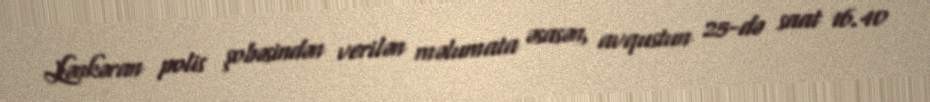
Lənkəran polis şobəsindən verilən məlumata əsasən, avqustun 25-də saat 16.40